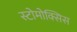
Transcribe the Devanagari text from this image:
स्टोमोक्सिस